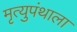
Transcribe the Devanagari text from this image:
मृत्युपंथाला